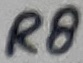
Text: R8